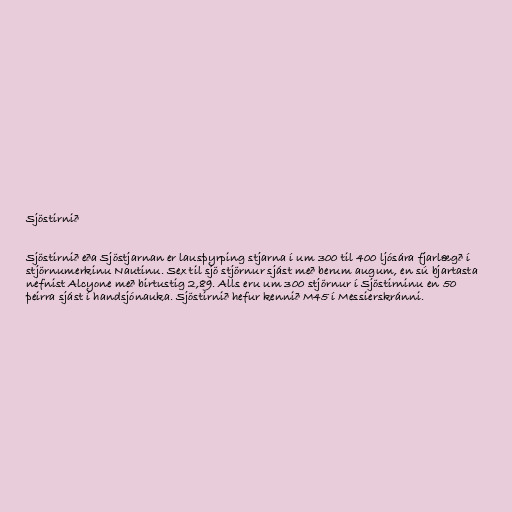
Sjöstirnið

Sjöstirnið eða Sjöstjarnan er lausþyrping stjarna í um 300 til 400 ljósára fjarlægð í
stjörnumerkinu Nautinu. Sex til sjö stjörnur sjást með berum augum, en sú bjartasta
nefnist Alcyone með birtustig 2,89. Alls eru um 300 stjörnur í Sjöstirninu en 50
þeirra sjást í handsjónauka. Sjöstirnið hefur kennið M45 í Messierskránni.